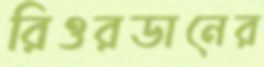
রিওরডানের